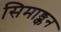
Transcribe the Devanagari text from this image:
सिमाङ्कन